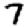
Digit: 7